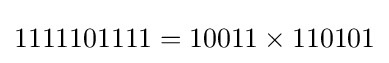
1111101111=10011\times 110101